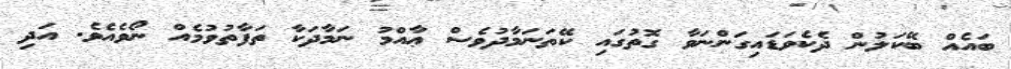
ބައެއް ބޭކަލުން ދެކެވަޑައިގަންނަވާ ގޮތުގައި ކޭތަނަމާދުވެސް ޢާއްމު ނަމާދަކާ ތަފާތުވުމެއް ނޯވެއެވެ. އަދި